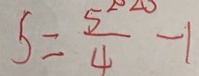
S = \frac { 5 ^ { 2 0 } } { 4 } - 1